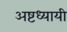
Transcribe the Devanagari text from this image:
अष्टध्यायी